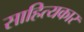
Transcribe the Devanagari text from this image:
साहित्‍यकार